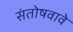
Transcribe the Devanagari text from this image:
संतोषवावे